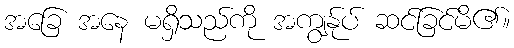
အခြေ အနေ မရှိသည်ကို အကျွန်ုပ် ဆင်ခြင်မိ၏။